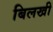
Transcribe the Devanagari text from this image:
बिलखी